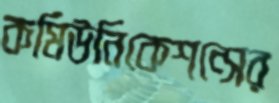
কমিউনিকেশন্সের